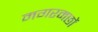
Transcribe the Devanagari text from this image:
मगरमछों